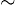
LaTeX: \scriptstyle\sim